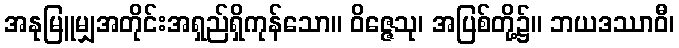
အနုမြူမျှအတိုင်းအရှည်ရှိကုန်သော။ ဝိဇ္ဇေသု၊ အပြစ်တို့၌။ ဘယဒဿာဝီ၊